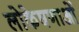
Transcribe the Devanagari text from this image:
लोकेषणाओं